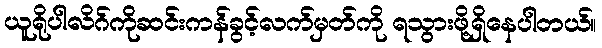
ယူရိုပါလိဂ်ကိုဆင်းကန်ခွင့်လက်မှတ်ကို ရသွားဖို့ရှိနေပါတယ်။